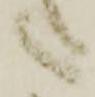
之